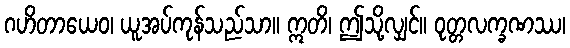
ဂဟိတာယေဝ၊ ယူအပ်ကုန်သည်သာ။ ဣတိ၊ ဤသို့လျှင်။ ဝုတ္တလက္ခဏဿ၊